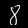
Digit: 8